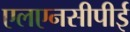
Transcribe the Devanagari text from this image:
एलएनसीपीई